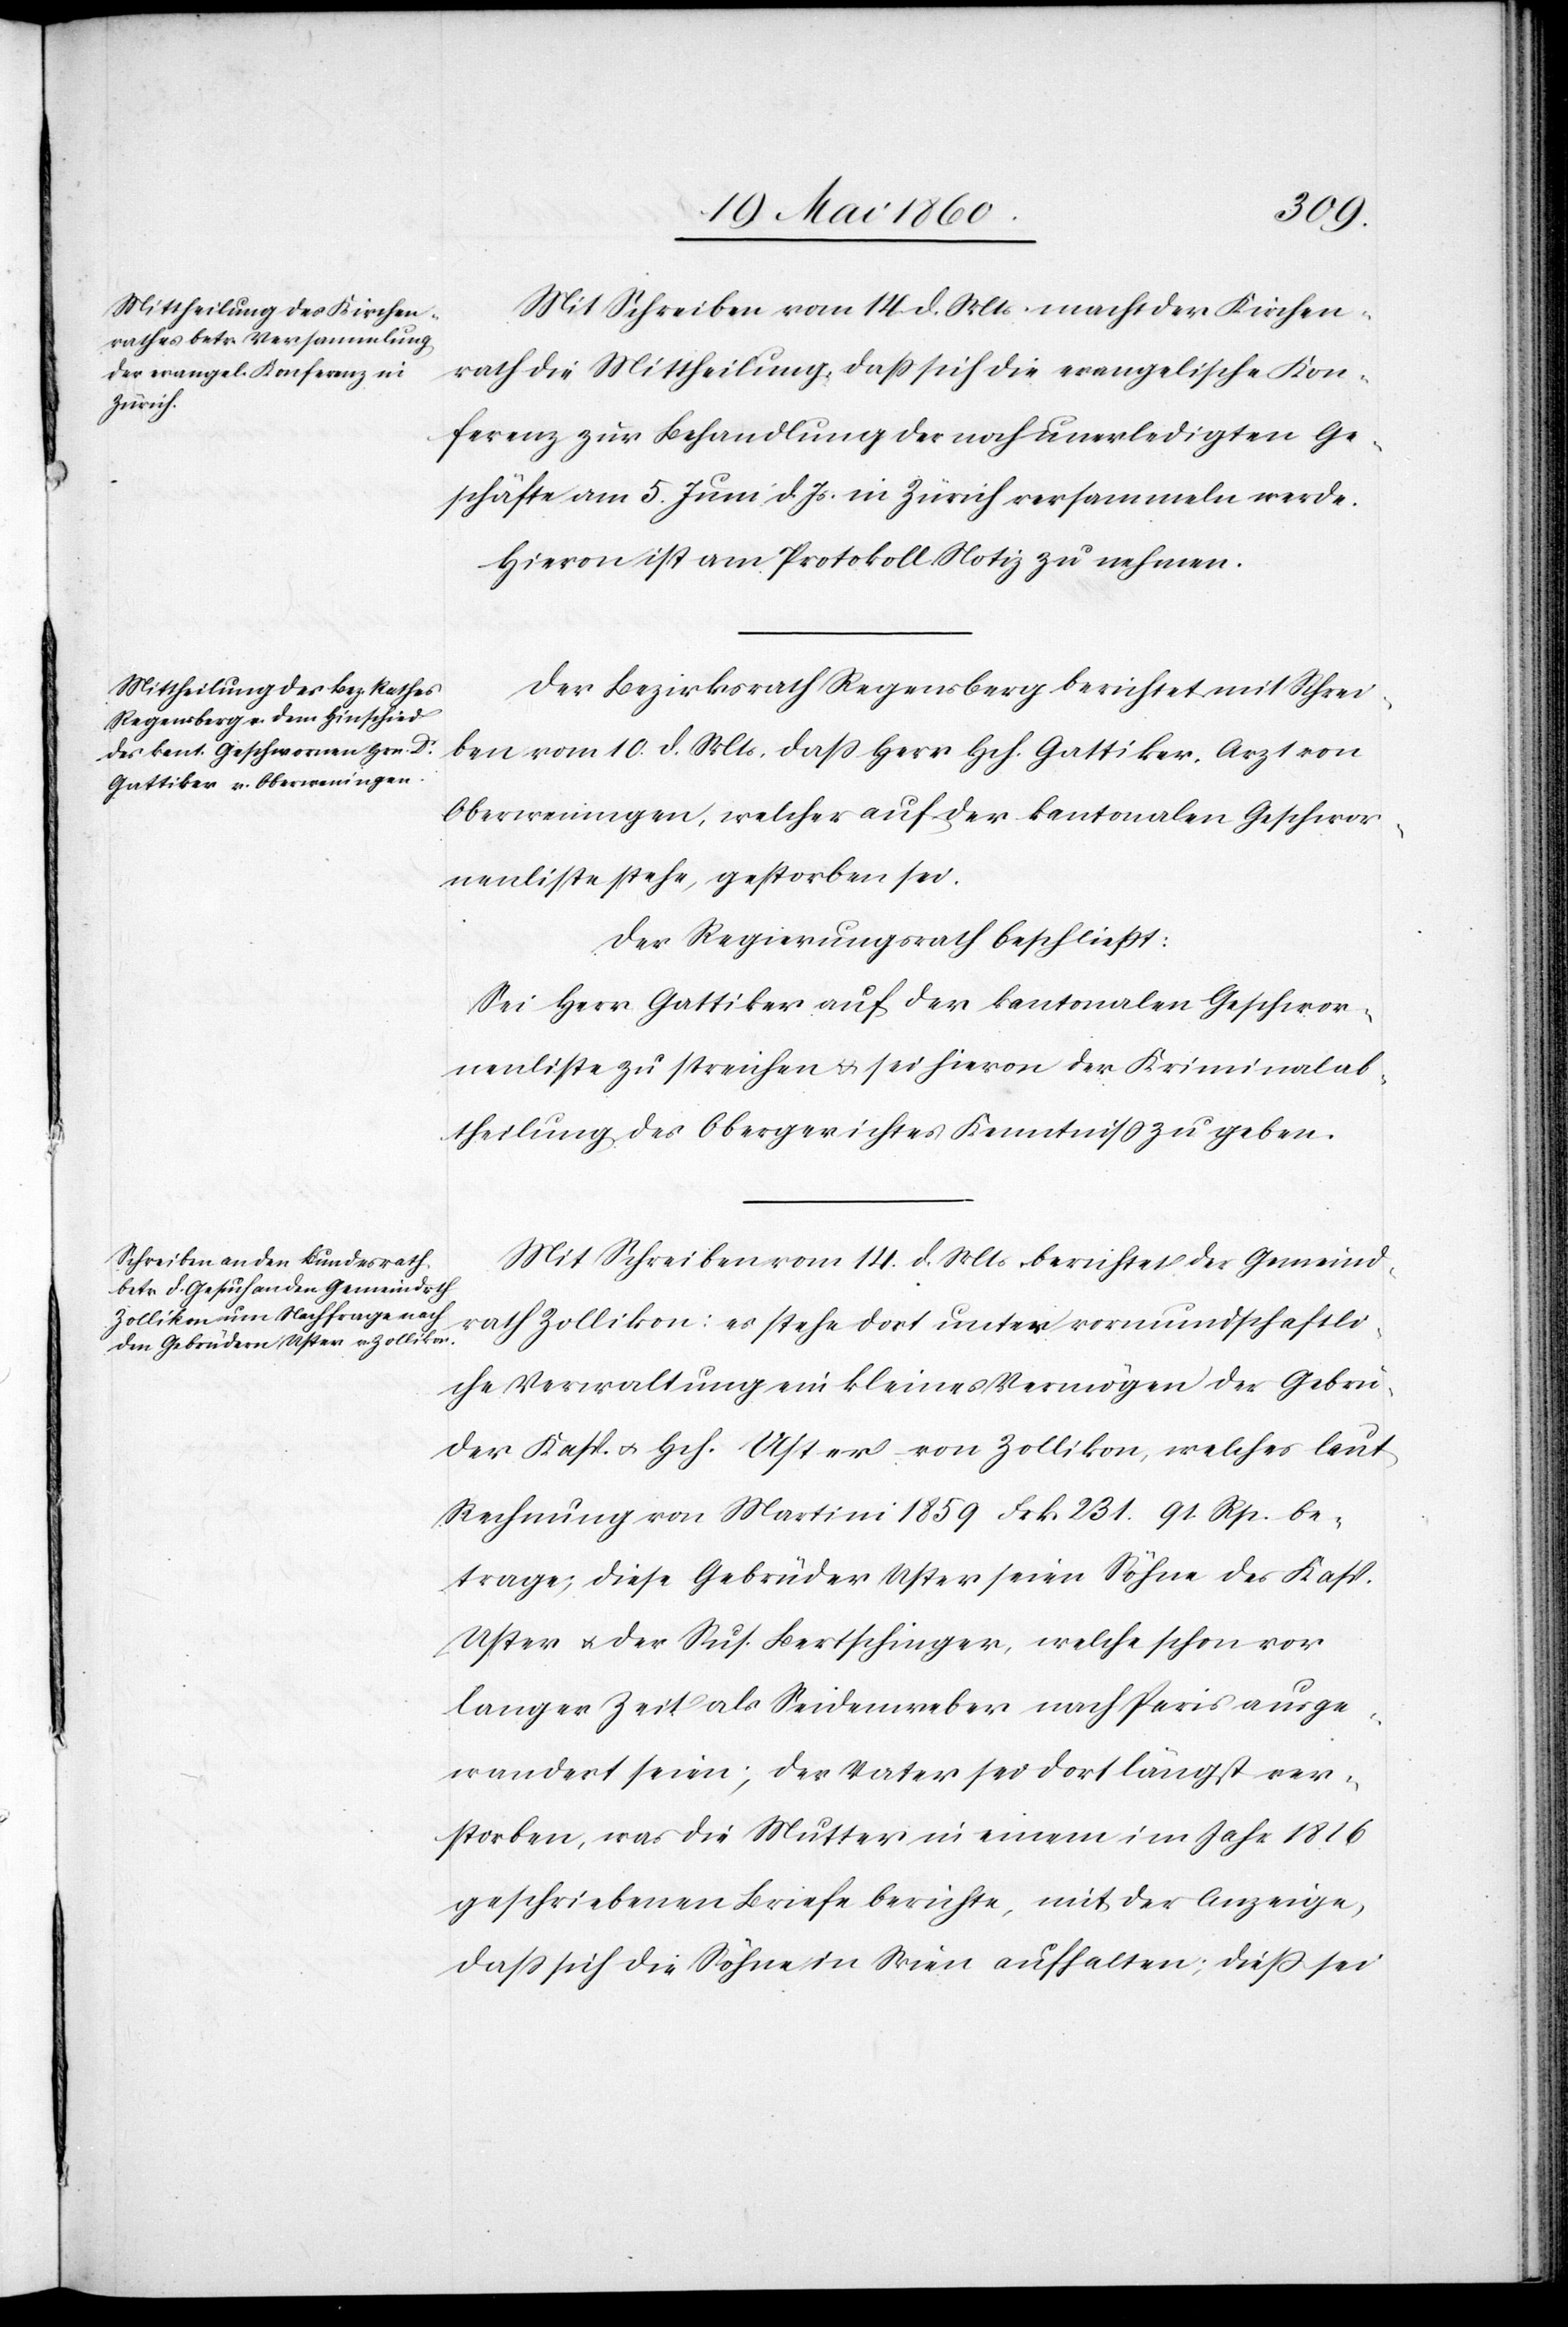
Mit Schreiben vom 14. d. Mts. macht der Kirchen¬
rath die Mittheilung, dass sich die evangelische Kon¬
ferenz zur Behandlung der noch unerledigten Ge¬
schäfte am 5. Juni d. Js. in Zürich versammeln werde.
Hievon ist am Protokoll Notiz zu nehmen.
Der Bezirksrath Regensberg berichtet mit Schrei¬
ben vom 10. d. Mts., dass Herr Hch. Gattiker, Arzt von
Oberweningen, welcher auf der kantonalen Geschwor¬
enenliste stehe, gestorben sei.
Der Regierungsrath beschliesst:
Sei Herr Gattiker auf der kantonalen Geschwor¬
enenliste zu streichen u. sei hievon der Kriminalab¬
theilung des Obergerichtes Kenntniss zu geben.
Mit Schreiben vom 14. d. Mts. berichtet der Gemeind¬
rath Zollikon: es stehe dort unter vormundschaftli¬
che[r] Verwaltung ein kleines Vermögen der Gebrü¬
der Kasp. u. Hch. Uster von Zollikon, welches laut
Rechnung von Martini 1859 Frk. 231 91 Rp. be¬
trage; diese Gebrüder Uster seien Söhne des Kasp.
Uster u. der Sus. Bertschinger, welche schon vor
langer Zeit als Seidenweber nach Paris ausge¬
wandert seien; der Vater sei dort längst ver¬
storben, was die Mutter in einem im Jahr 1816
geschriebenen Briefe berichte, mit der Anzeige,
dass sich die Söhne in Wien aufhalten; diess sei